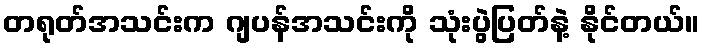
တရုတ်အသင်းက ဂျပန်အသင်းကို သုံးပွဲပြတ်နဲ့ နိုင်တယ်။